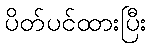
ပိတ်ပင်ထားပြီး